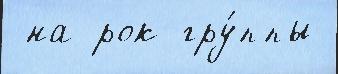
 на рок-гру́ппы